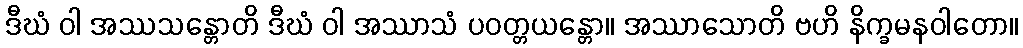
ဒီဃံ ဝါ အဿသန္တောတိ ဒီဃံ ဝါ အဿာသံ ပဝတ္တယန္တော။ အဿာသောတိ ဗဟိ နိက္ခမနဝါတော။